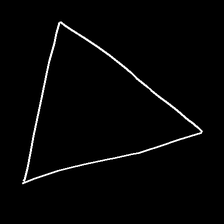
Glyph: convergence